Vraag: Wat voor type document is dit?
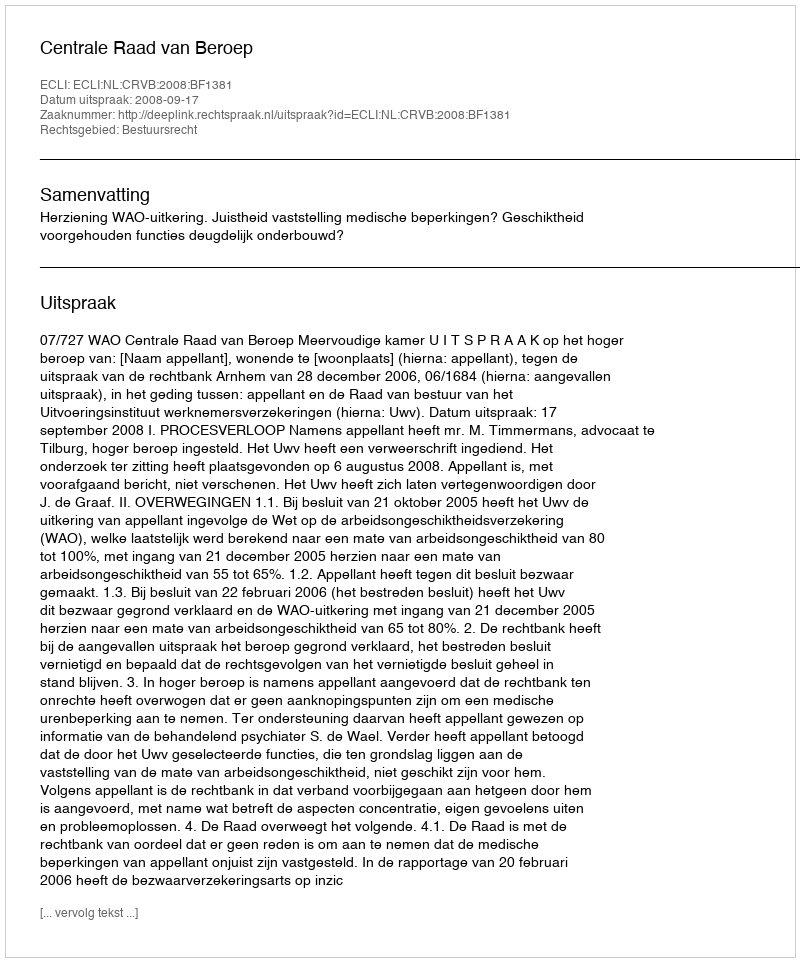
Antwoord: Uitspraak